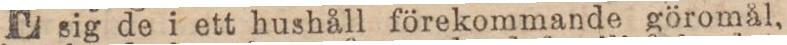
sig de i ett hushåll förekommande göromål,